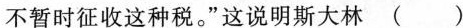
不暂时征收这种税。”这说明斯大林( )